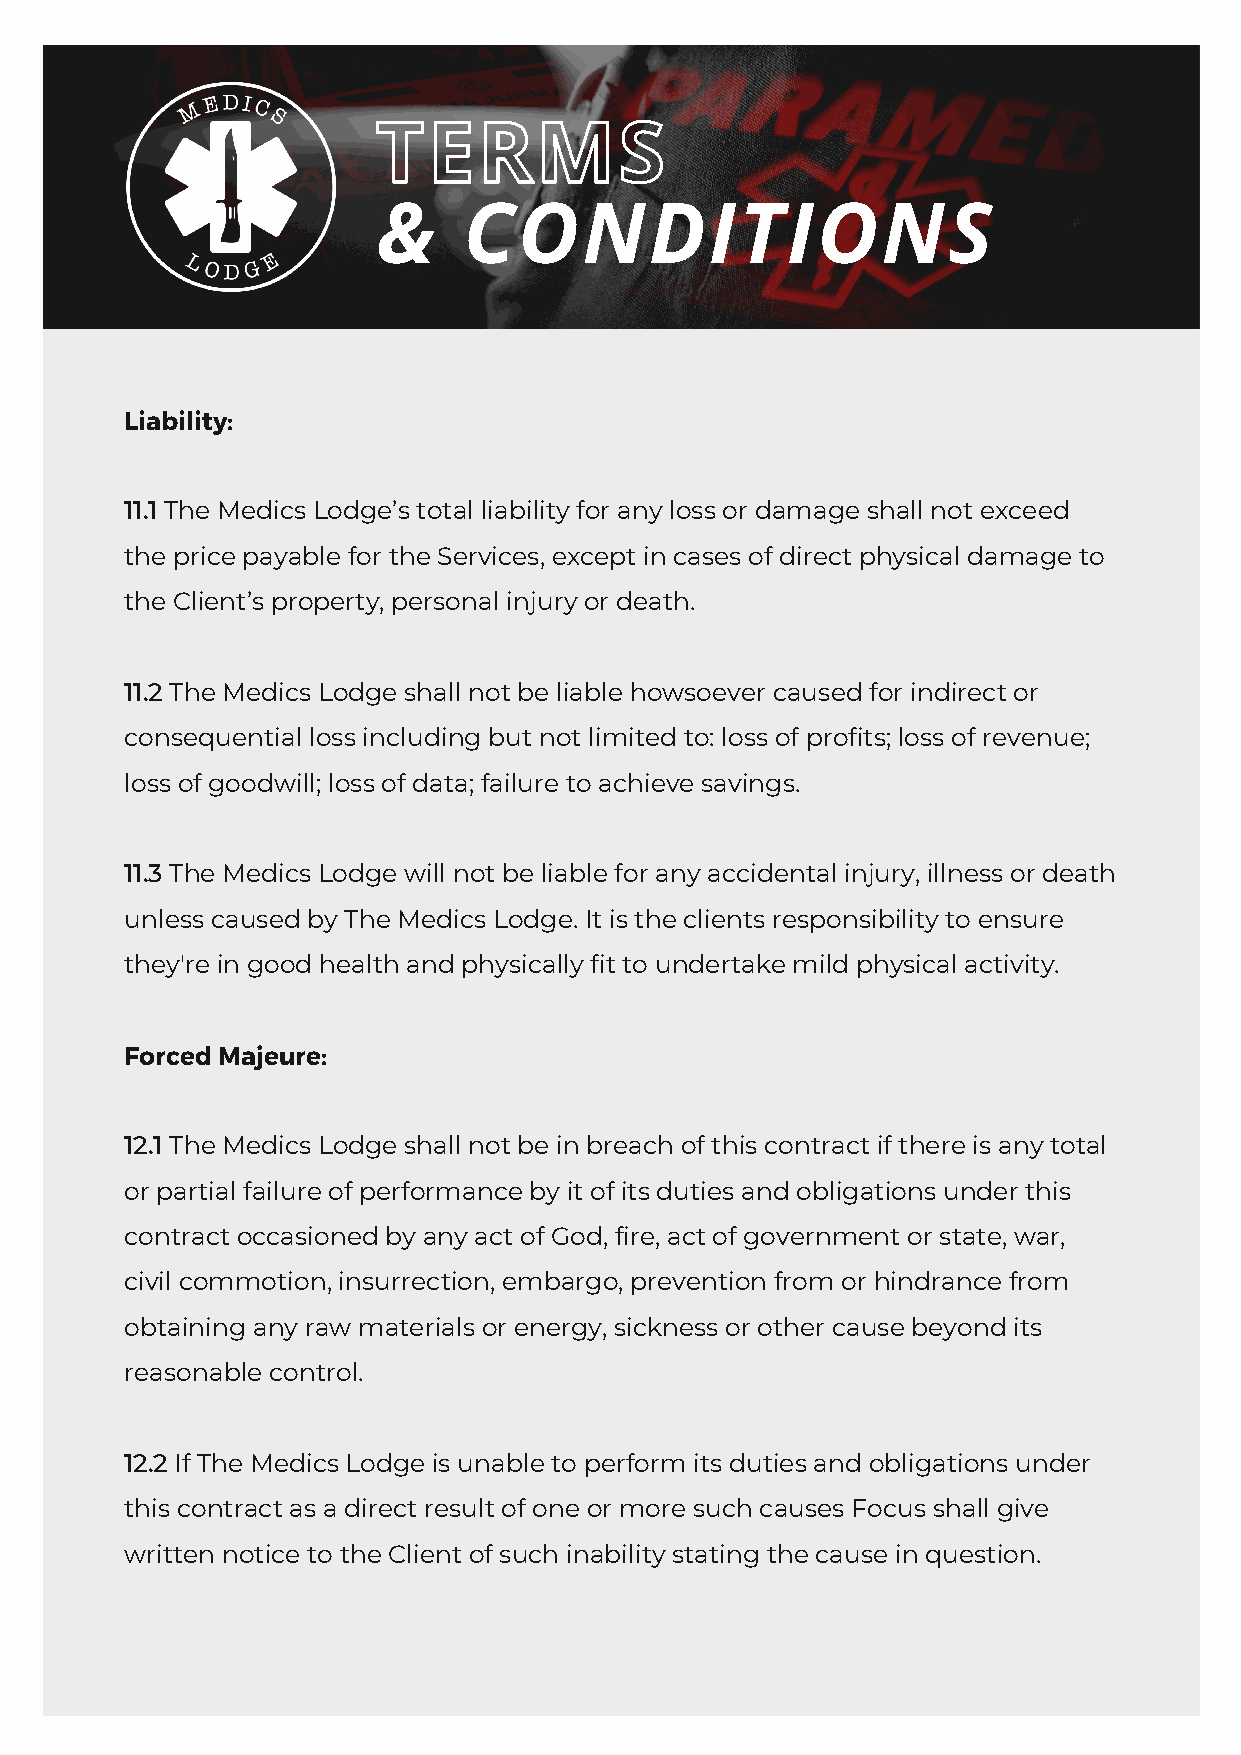
TERMS
 &     CONDITIONS
 Liability:
 11.1 The Medics Lodge’s total liability for any loss or damage shall not exceed
 the price payable for the Services, except in cases of direct physical damage to
 the Client’s property, personal injury or death.
 11.2 The Medics Lodge shall not be liable howsoever caused for indirect or
 consequential loss including but not limited to: loss of profits; loss of revenue;
 loss of goodwill; loss of data; failure to achieve savings.
 11.3 The Medics Lodge will not be liable for any accidental injury, illness or death
 unless caused by The Medics Lodge. It is the clients responsibility to ensure
 they're in good health and physically fit to undertake mild physical activity.
 Forced Majeure:
 12.1 The Medics Lodge shall not be in breach of this contract if there is any total
 or partial failure of performance by it of its duties and obligations under this
 contract occasioned by any act of God, fire, act of government or state, war,
 civil commotion, insurrection, embargo, prevention from or hindrance from
 obtaining any raw materials or energy, sickness or other cause beyond its
 reasonable control.
 12.2 If The Medics Lodge is unable to perform its duties and obligations under
 this contract as a direct result of one or more such causes Focus shall give
 written notice to the Client of such inability stating the cause in question.